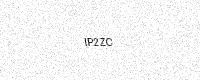
Text: IP2ZC